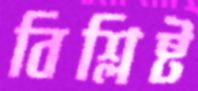
বিশ্লিষ্ট